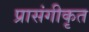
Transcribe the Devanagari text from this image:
प्रासंगीकृत